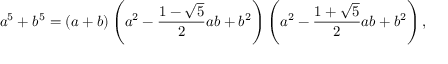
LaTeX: a ^ { 5 } + b ^ { 5 } = ( a + b ) \left( a ^ { 2 } - { \frac { 1 - { \sqrt { 5 } } } { 2 } } a b + b ^ { 2 } \right) \left( a ^ { 2 } - { \frac { 1 + { \sqrt { 5 } } } { 2 } } a b + b ^ { 2 } \right) ,